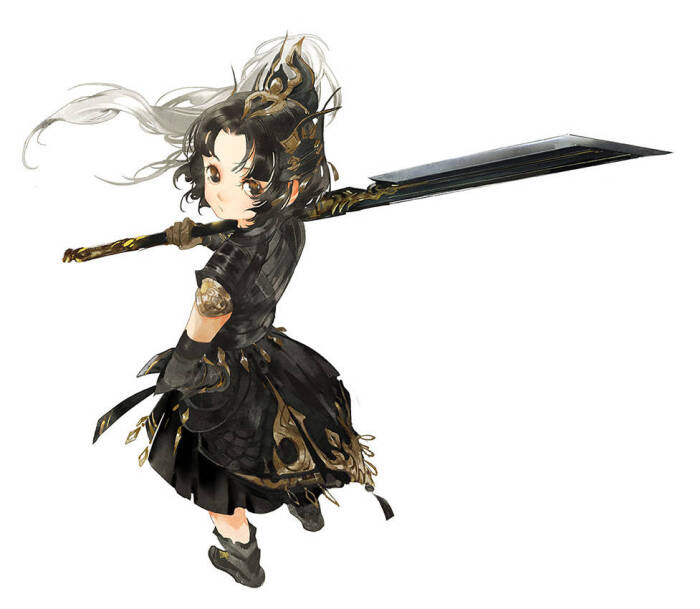
情知已被山遮断，频倚阑干不自由。